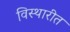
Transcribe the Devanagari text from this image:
विस्थारीत